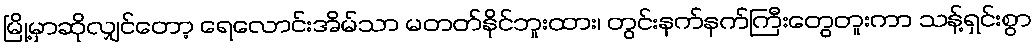
မြို့မှာဆိုလျှင်တော့ ရေလောင်းအိမ်သာ မတတ်နိုင်ဘူးထား၊ တွင်းနက်နက်ကြီးတွေတူးကာ သန့်ရှင်းစွာ